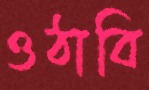
ওঠাবি